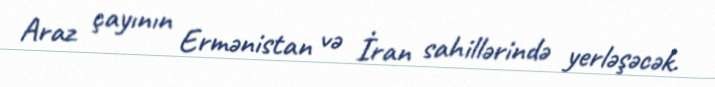
Araz çayının Ermənistan və İran sahillərində yerləşəcək.